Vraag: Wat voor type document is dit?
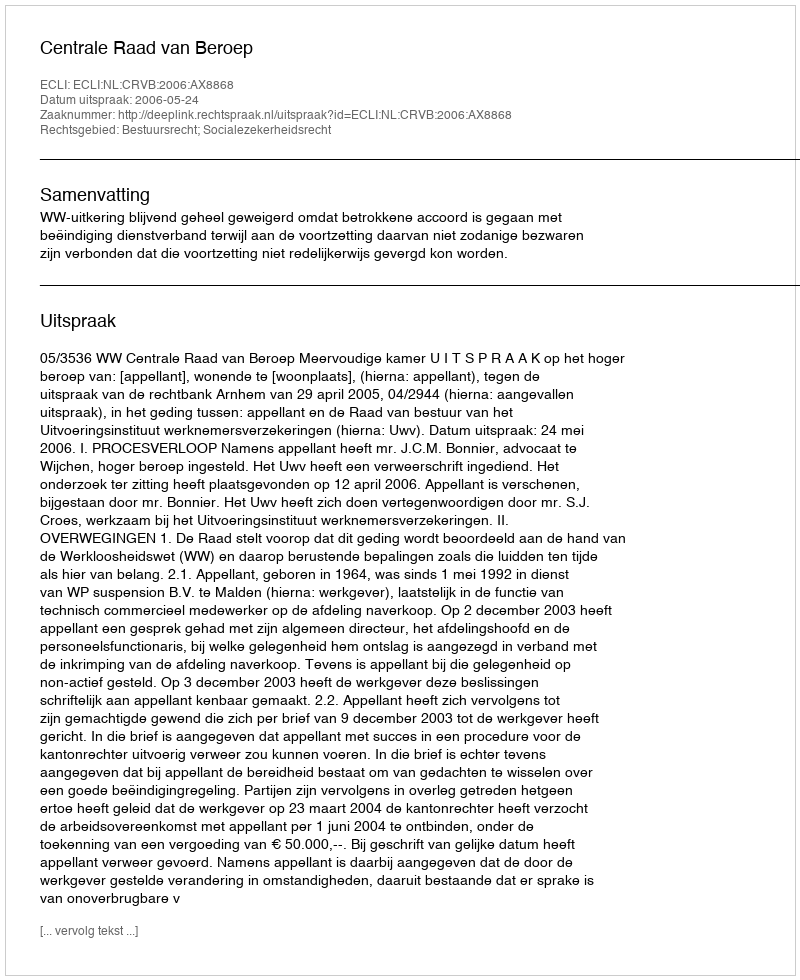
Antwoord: Uitspraak